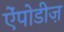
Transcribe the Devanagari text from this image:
ऐंपोडीज़